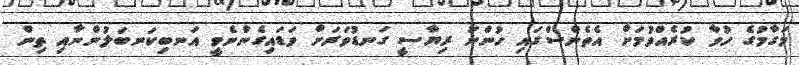
މަގާމުގެ ހުވާ ކުރެއްވުމަށް އެތެންސްގައި ހުންނަ ރިޔާސީ ގަނޑުވަރަށް ވަޑައިގެންނެވީ އަނބިކަނބަލުންނާއި ތިން